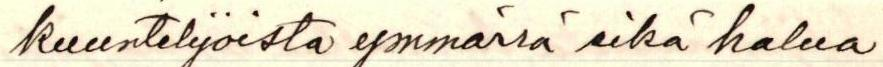
kuuntelijoista ymmärrä eikä halua